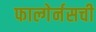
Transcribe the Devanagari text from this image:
फाल्गेर्नसची